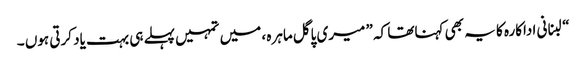
“لبنانی اداکارہ کا یہ بھی کہناتھا کہ ” میری پاگل ماہرہ ، میں تمہیں پہلے ہی بہت یاد کرتی ہوں ۔